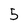
Character: 5